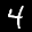
Label: 4